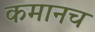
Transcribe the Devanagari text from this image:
कमानच